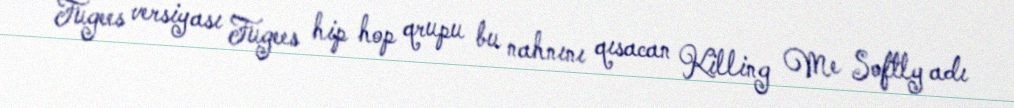
Fugees versiyası Fugees hip hop qrupu bu nahnını qısacan Killing Me Softly adı